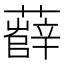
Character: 𧀼